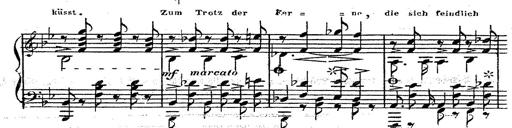
Title: 12 Lieder von Franz Schubert
Composer: Franz Liszt